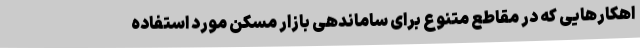
اهکارهایی که در مقاطع متنوع برای ساماندهی بازار مسکن مورد استفاده